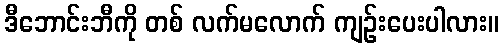
ဒီဘောင်းဘီကို တစ် လက်မလောက် ကျဉ်းပေးပါလား။